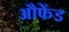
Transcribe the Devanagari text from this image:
औफेंड